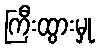
ကြီးထွားမှု